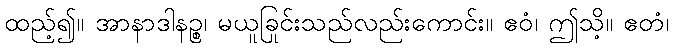
ထည့်၍။ အာနာဒါနဉ္စ၊ မယူခြင်းသည်လည်းကောင်း။ ဧဝံ၊ ဤသို့။ ဧတံ၊